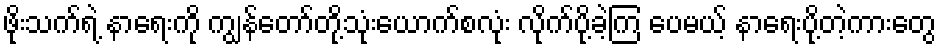
ဖိုးသက်ရဲ့ နာရေးကို ကျွန်တော်တို့သုံးယောက်စလုံး လိုက်ပို့ခဲ့ကြ ပေမယ့် နာရေးပို့တဲ့ကားတွေ